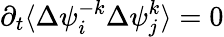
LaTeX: \partial_{t}\langle\Delta{{\psi}_{i}^{-k}}\Delta{\psi}_{j}^{k}\rangle=0